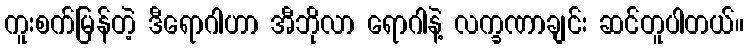
ကူးစက်မြန်တဲ့ ဒီရောဂါဟာ အီဘိုလာ ရောဂါနဲ့ လက္ခဏာချင်း ဆင်တူပါတယ်။